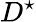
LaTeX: D^{\star}